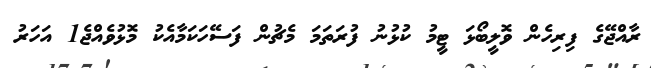
ރާއްޖޭގެ ފިރިހެން ވޮލީބޯޅަ ޓީމު ކުޅުނު ފުރަތަމަ މެޗުން ފަސޭހަކަމާއެކު މޮޅުވެއްޖެ1 އަހަރު